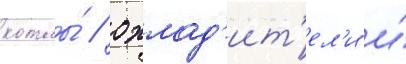
котлы́ / охлад'ит'ел'и и́